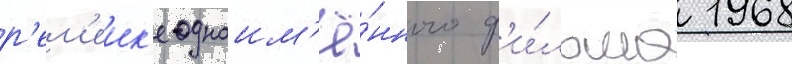
р'ем'еик'е одноим'ё́нного ф'и́льма 1968